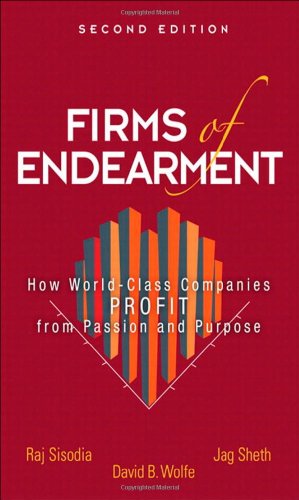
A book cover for Firms of Endearment: How World-Class Companies Profit from Passion and Purpose (2nd Edition); Rajendra S. Sisodia; Business & Money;